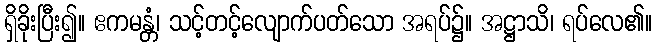
ရှိခိုးပြီး၍။ ဧကမန္တံ၊ သင့်တင့်လျောက်ပတ်သော အရပ်၌။ အဋ္ဌာသိ၊ ရပ်လေ၏။